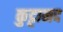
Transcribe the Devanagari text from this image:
कुट्टानद